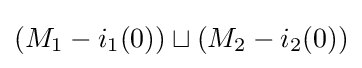
(M_{1}-i_{1}(0))\sqcup (M_{2}-i_{2}(0))